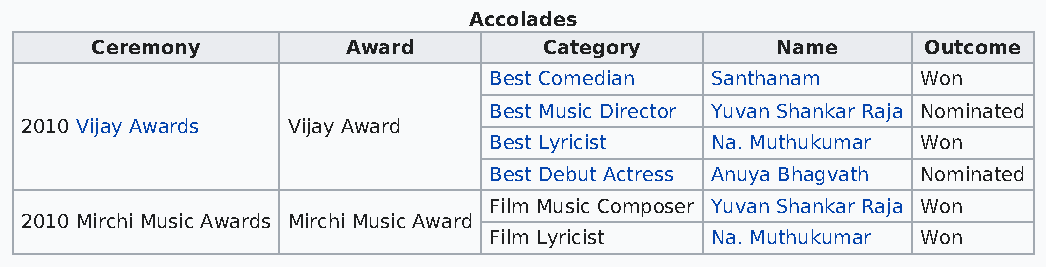
Accolades
 Ceremony         Award        Category       Name      Outcome
 Best Comedian  Santhanam     Won
 Best Music Director Yuvan Shankar Raja Nominated
 2010 Vijay Awards Vijay Award
 Best Lyricist  Na. Muthukumar Won
 Best Debut Actress Anuya Bhagvath Nominated
 Film Music Composer Yuvan Shankar Raja Won
 2010 Mirchi Music Awards Mirchi Music Award
 Film Lyricist  Na. Muthukumar Won